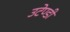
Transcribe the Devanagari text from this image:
उटेण्डी